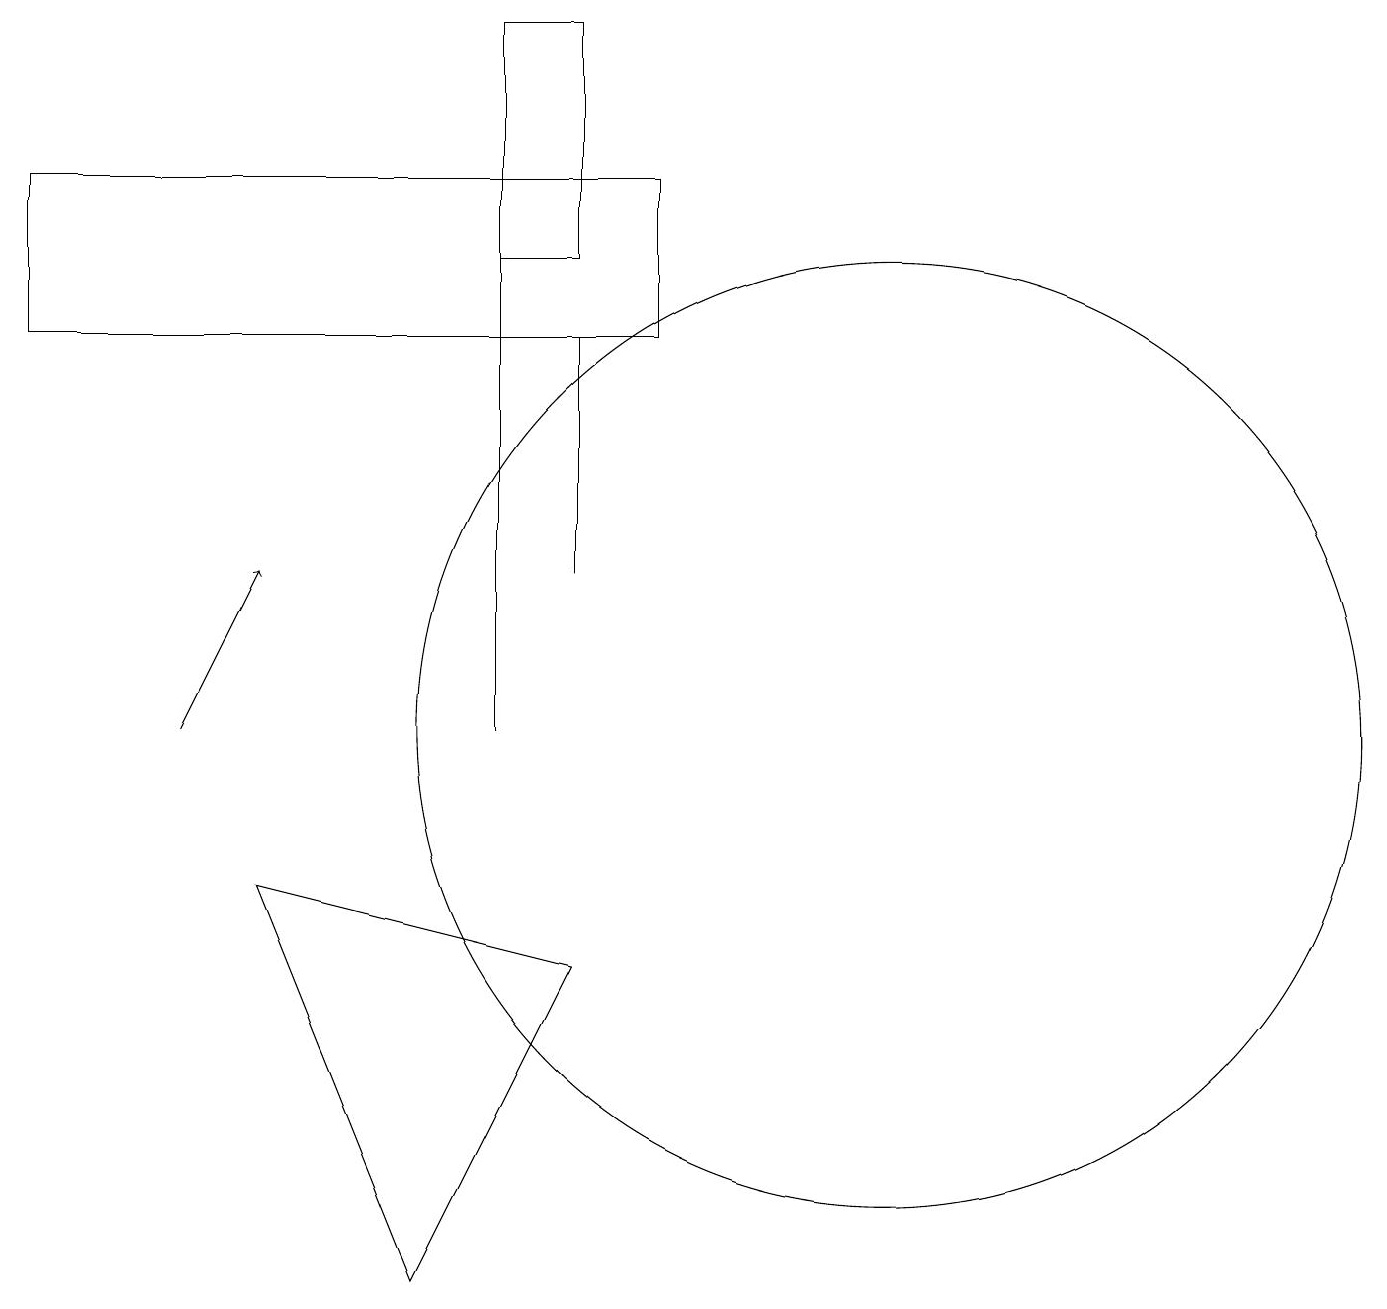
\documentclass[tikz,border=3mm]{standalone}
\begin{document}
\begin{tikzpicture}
\draw (1,17) rectangle (9,15);
\draw (8,12) rectangle (8,15);
\draw (8,7) -- (6,3) -- (4,8) -- cycle;
\draw (12,10) circle (6);
\draw[->] (3,10) -- (4,12);
\draw (7,10) rectangle (7,19);
\draw (7,16) rectangle (8,19);
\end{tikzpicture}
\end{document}